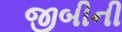
જીબીની